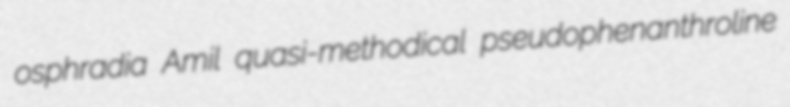
osphradia Amil quasi-methodical pseudophenanthroline